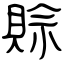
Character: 賒